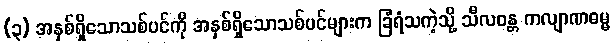
(၃) အနှစ်ရှိသောသစ်ပင်ကို အနှစ်ရှိသောသစ်ပင်များက ခြံရံသကဲ့သို့ သီလဝန္တ ကလျာဏဓမ္မ